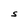
Character: S